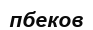
пбеков